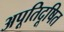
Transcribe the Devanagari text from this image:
अपूतिदूषित